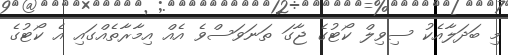
މި ބަދަލާއެކު ސިވިލް ކޯޓުގެ ޖާގަ ތަނަވަސްވެ އެއް އިމާރާތެއްގައި އެ ކޯޓުގެ